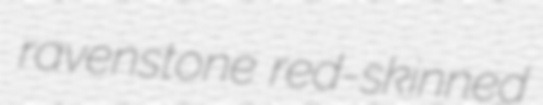
ravenstone red-skinned